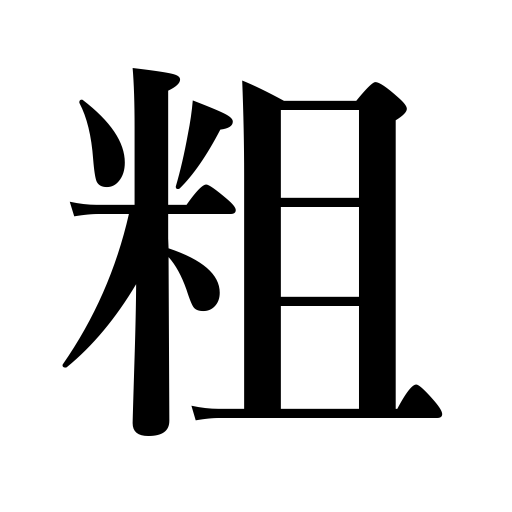
Meanings: careless,rough,coarse,loose fabric,large meshes,coarseness,rugged,roughness,neglect,not fine